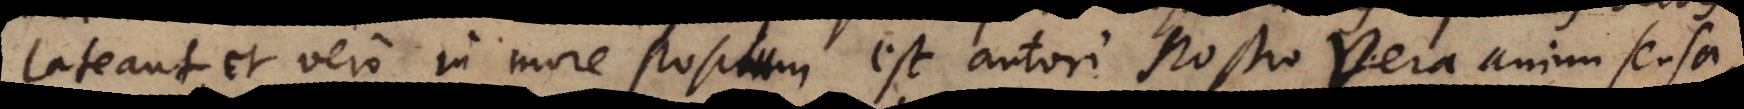
lateant, et vero in more positum est autori nostro vera animi sensa,